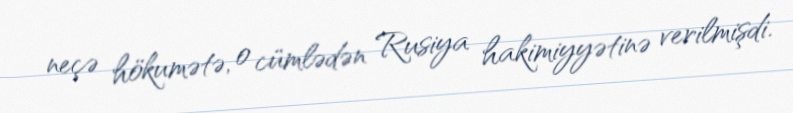
neçə hökumətə, o cümlədən Rusiya hakimiyyətinə verilmişdi.